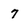
Character: 7